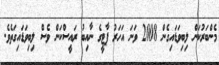
މެންބަރުކަން ލިބިވަޑައިގެން 2008 ވަނަ އަހަރު ޕާޓީގެ ނާއިބު ރައީސްކަން ވެސް ލިބިވަޑައިގަތެވެ.